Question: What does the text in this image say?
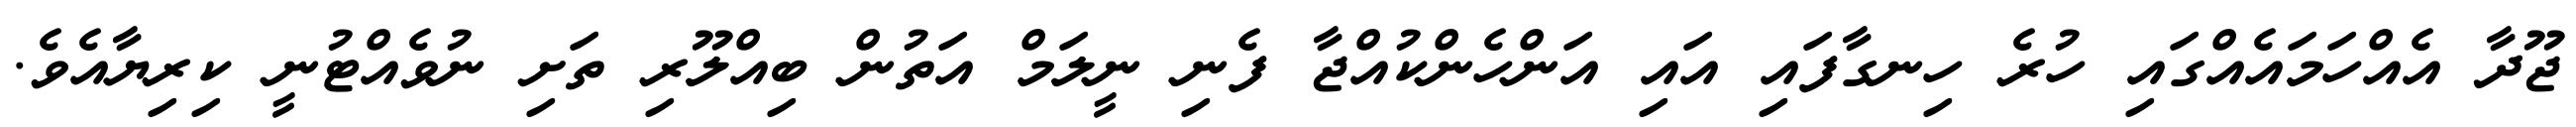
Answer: ޖޫދާ އެއްހަމައެއްގައި ހުރެ ހިނގާފައި އައި އަންހެންކުއްޖާ ފެނި ނީލަމް އަތުން ބިއްލޫރި ތަށި ނުވެއްޓުނީ ކިރިޔާއެވެ.